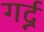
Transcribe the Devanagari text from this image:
गर्द्न